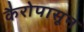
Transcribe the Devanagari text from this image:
कैरोपासून